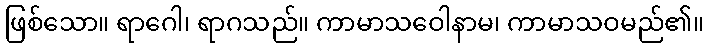
ဖြစ်သော။ ရာဂေါ၊ ရာဂသည်။ ကာမာသဝေါနာမ၊ ကာမာသဝမည်၏။